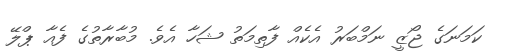
ކަމަނަގެ ޖޯޒީ ނަމްބަރު އެކެއް ފާތިމަތު ޝަހާ އެވެ. މުބާރާތުގެ ފެއާ ޕްލޭ